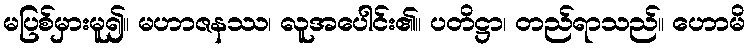
မပြစ်မှားမူ၍။ မဟာဇနဿ၊ လူအပေါင်း၏။ ပတိဋ္ဌာ၊ တည်ရာသည်။ ဟောမိ